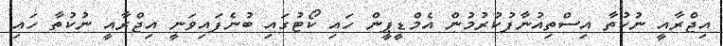
އިޖްރާއީ ނުކުތާ އިސްތިއުނާފުކުރުމުން އެމްޑީޕީން ހައި ކޯޓުގައި ބުނެފައިވަނީ އިޖްރާއީ ނުކުތާ ހައި